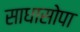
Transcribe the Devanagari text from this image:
साधासोपा